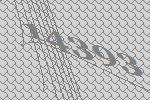
14393